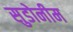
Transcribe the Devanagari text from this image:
सुडोनीम